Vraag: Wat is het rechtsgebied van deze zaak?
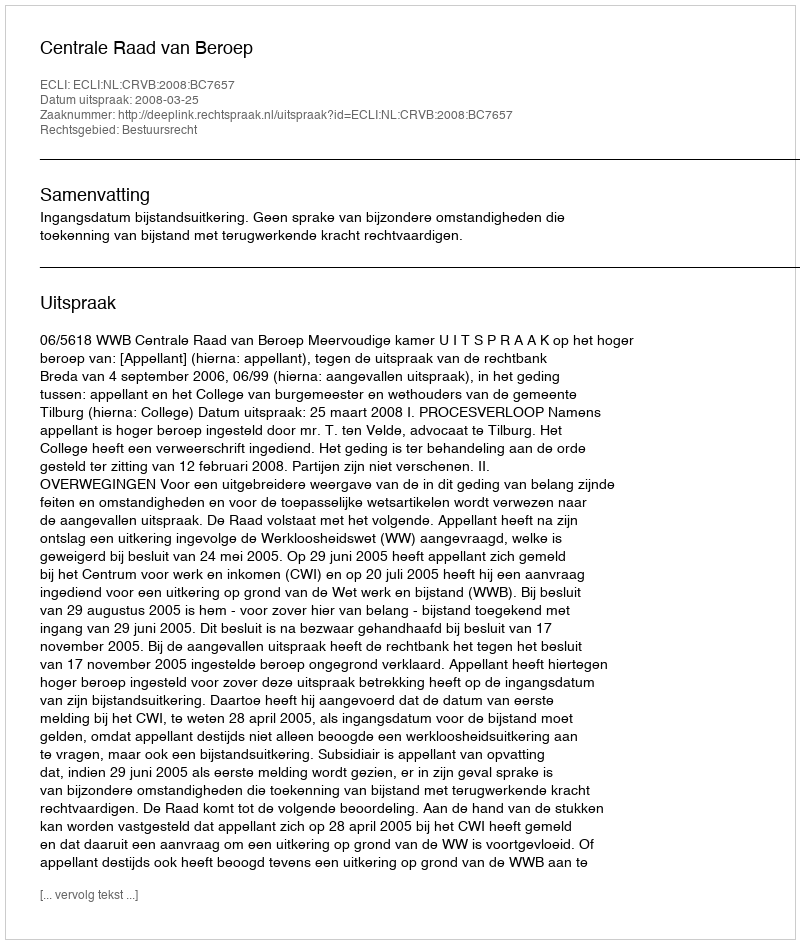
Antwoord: Bestuursrecht